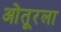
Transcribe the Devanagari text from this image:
ओतूरला